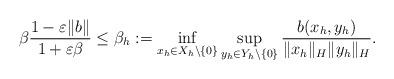
LaTeX: \begin{align*}\beta \frac{ 1- \varepsilon \| b\|}{1+\varepsilon \beta}\le \beta_h:= \inf_{x_h\in X_h \setminus\{0\}} \sup_{y_h\in Y_h\setminus\{0\}} \frac{ b(x_h,y_h)}{ \| x_h\|_{H} \| y_h\|_H }.\end{align*}